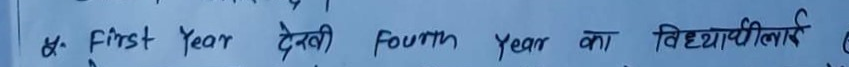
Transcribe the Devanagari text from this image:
& First Year देखी Fourth Year का विद्यार्थी लाई C